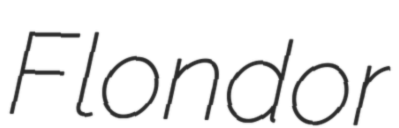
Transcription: Flondor